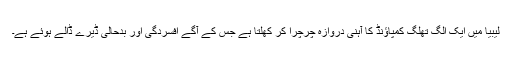
لیبیا میں ایک الگ تھلگ کمپاؤنڈ کا آہنی دروازہ چرچرا کر کھلتا ہے جس کے آگے افسردگی اور بدحالی ڈیرے ڈالے ہوئے ہے۔